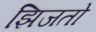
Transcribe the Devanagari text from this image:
झिजतो